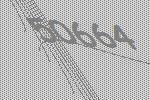
50664